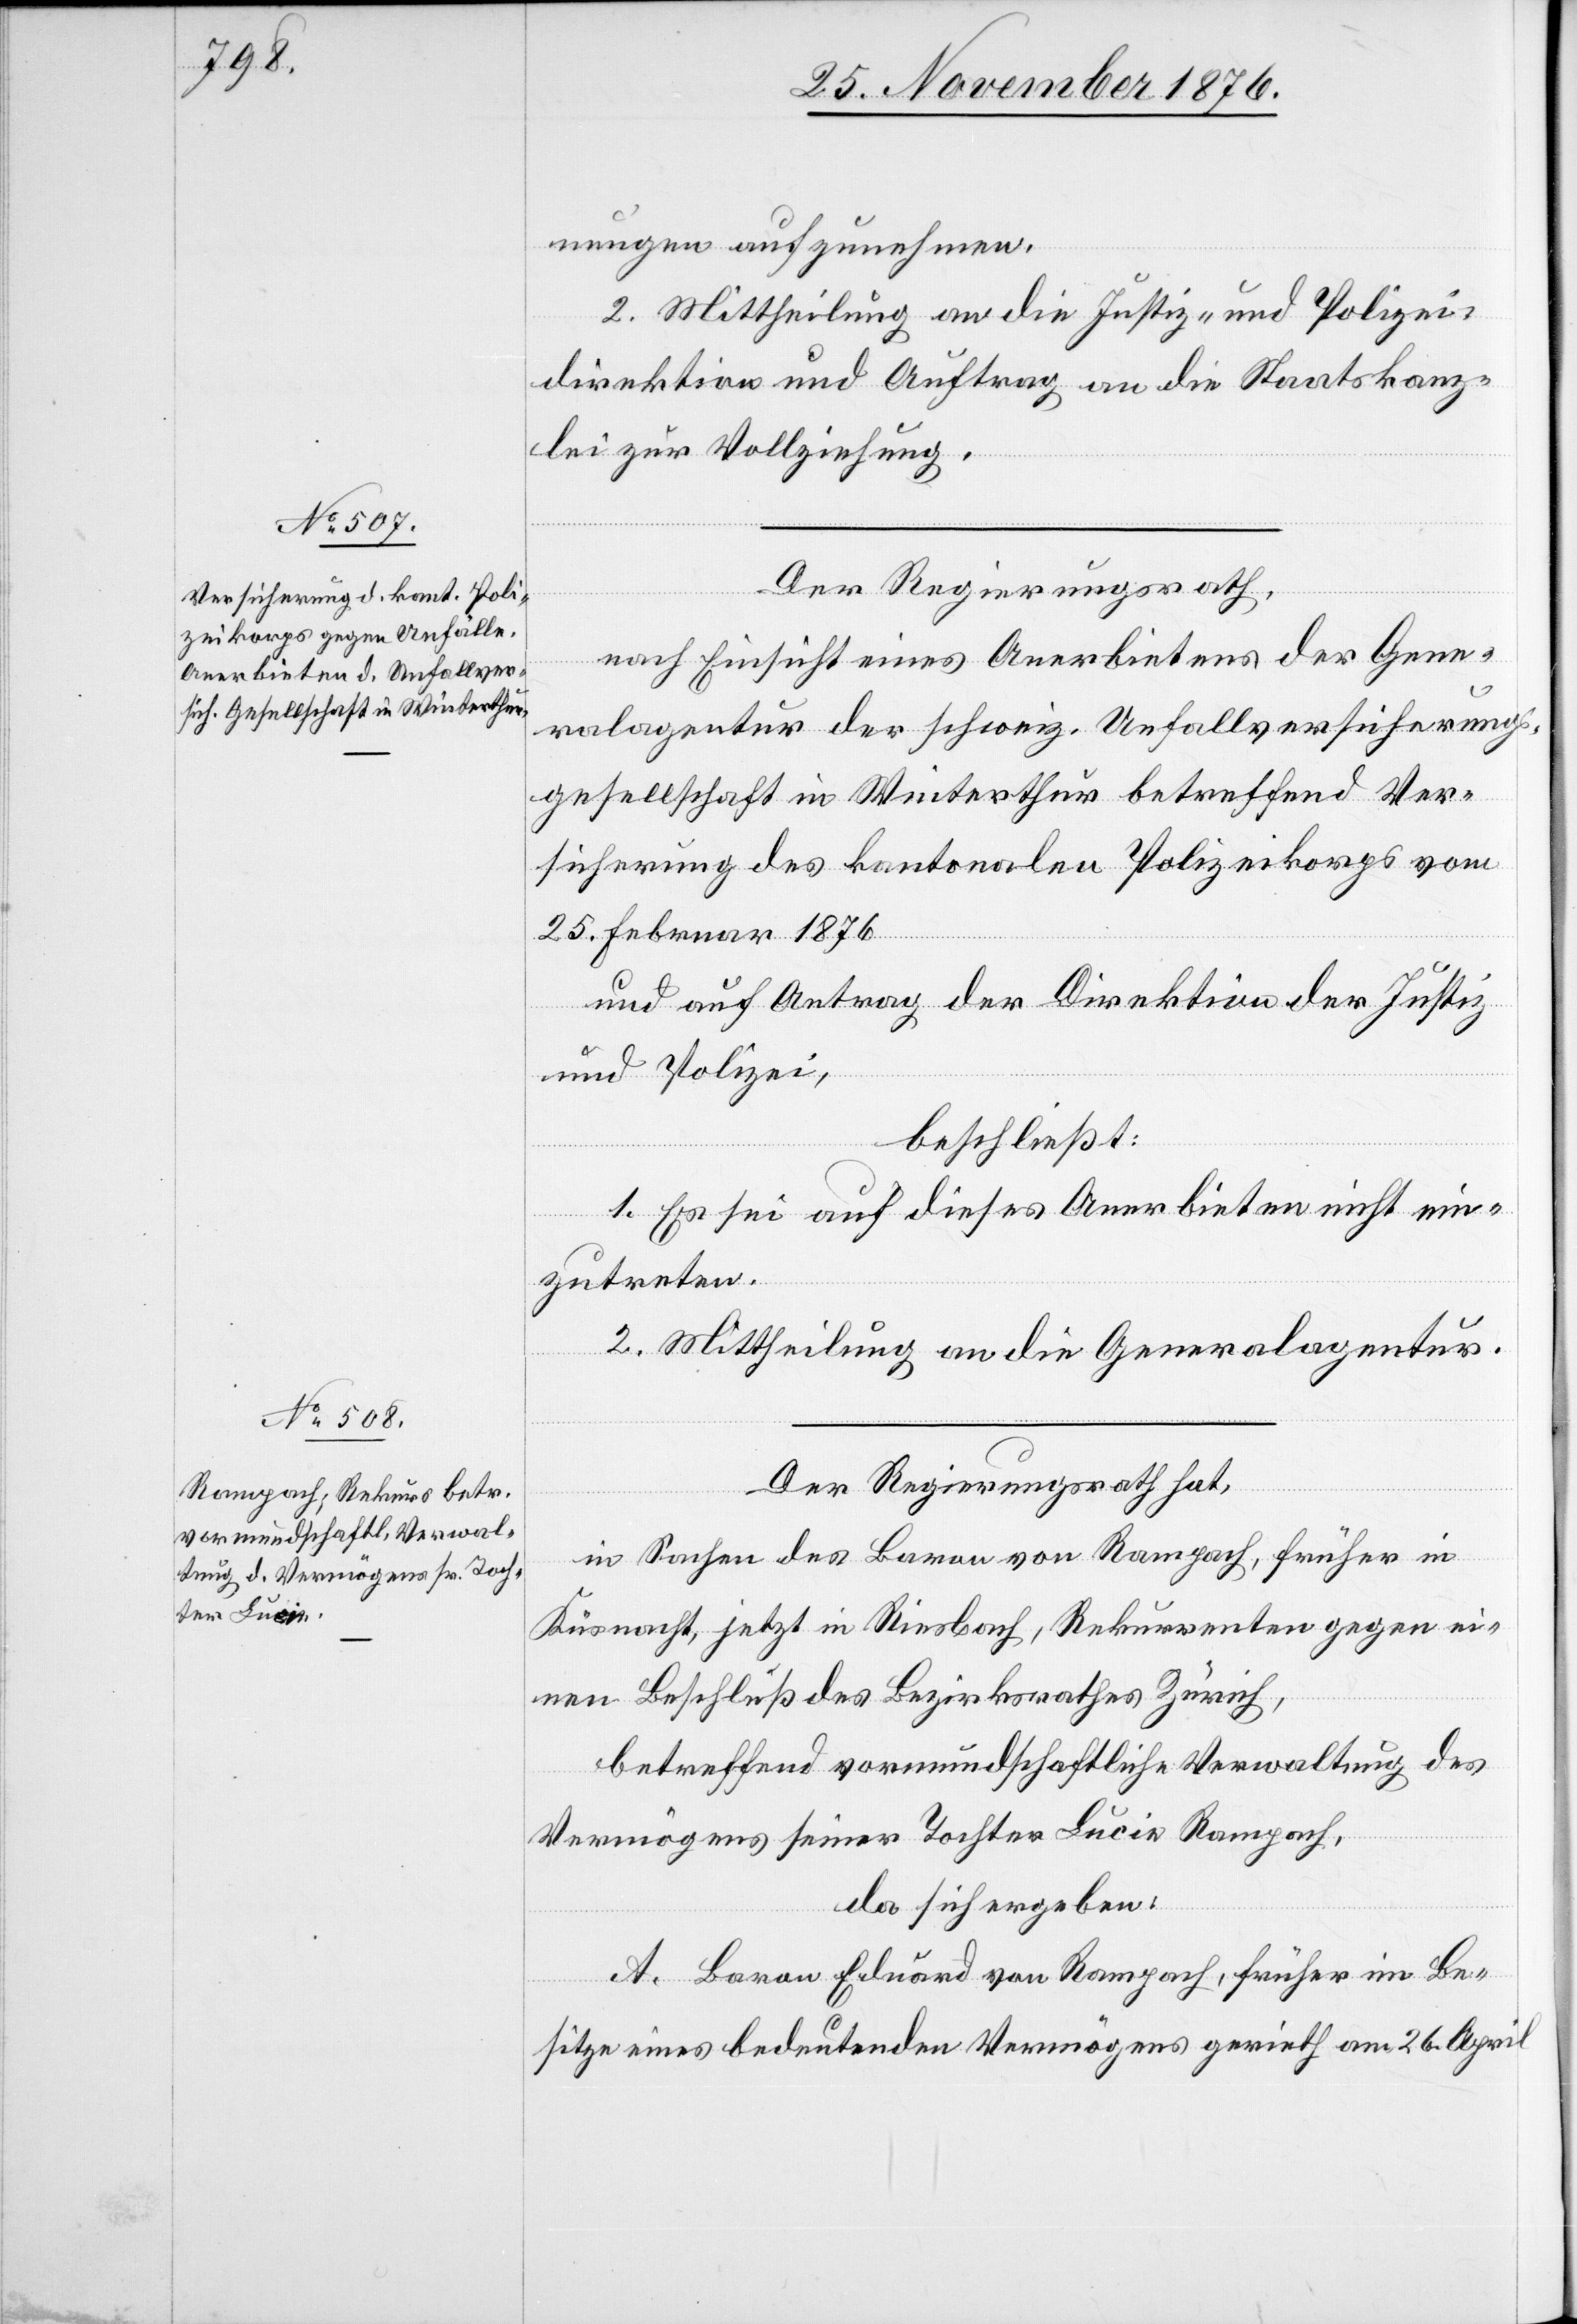
der Justiz-

nungen aufzunehmen.
2. Mittheilung an die Justiz- und Polizei¬
direktion und Auftrag an die Staatskanz¬
lei zur Vollziehung.
Der Regierungsrath
nach Einsicht eines Anerbietens der Gene¬
ralagentur der schweiz. Unfallversicherung¬
sgesellschaft in Winterthur betreffend Ver¬
sicherung des kantonalen Polizeikorps vom
25. Februar 1876
beschließt:
1. Es sei auf dieses Anerbieten nicht ein¬
zutreten.
2. Mittheilung an die Generalagentur.
Der Regierungsrath hat,
in Sachen des Baron von Rampach, früher in
Küsnacht, jetzt in Riesbach, Rekurrenten gegen ei¬
nen Beschluß des Bezirksrathes Zürich,
betreffend vormundschaftliche Verwaltung des
Vermögens seiner Tochter Lucie Rampach,
da sich ergeben:
A. Baron Eduard von Rampach, früher im Be¬
sitze eines bedeutenden Vermögens gerieth am 26. April